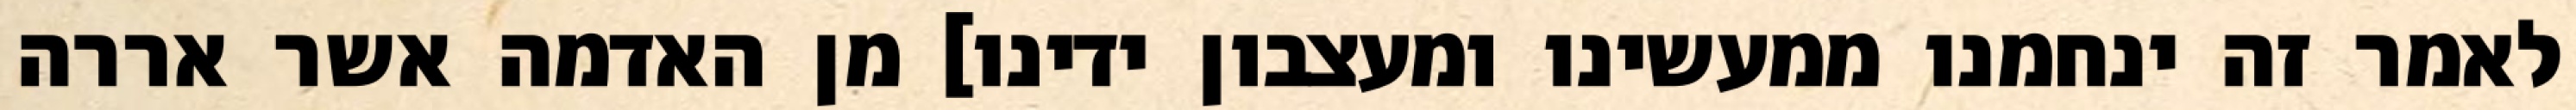
לאמר זה ינחמנו ממעשינו ומעצבון ידינו] מן האדמה אשר אררה